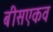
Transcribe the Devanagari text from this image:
बीसएकव